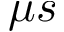
\mu s